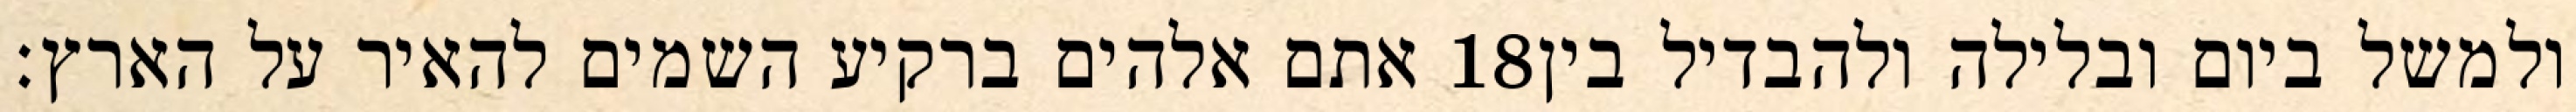
אתם אלהים ברקיע השמים להאיר על הארץ׃ ‎18‏ ולמשל ביום ובלילה ולהבדיל בין